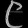
Digit: ၉